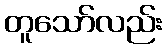
တူသော်လည်း